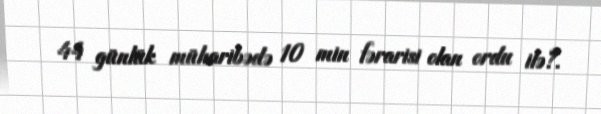
44 günlük müharibədə 10 min fərarisi olan ordu ilə?.